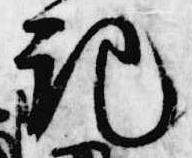
記